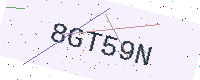
Text: 8GT59N